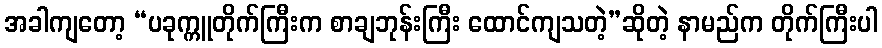
အခါကျတော့ “ပခုက္ကူတိုက်ကြီးက စာချဘုန်းကြီး ထောင်ကျသတဲ့”ဆိုတဲ့ နာမည်က တိုက်ကြီးပါ